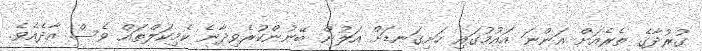
ގުރުދާގެ ތެރެއަށް އަންނަ އައުމުގައި ހަށިގަނޑަށް އަލުން ބޭނުންކުރެވިދާނެ ކެމިކަލްތައް ވެސް އާދެއެވެ.